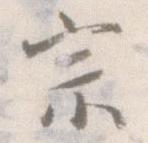
宗